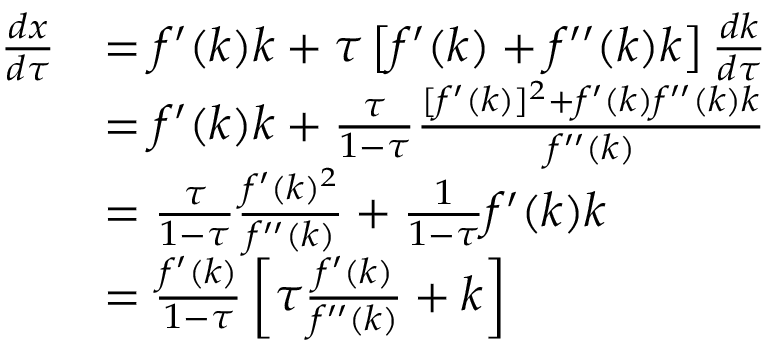
{ \begin{array} { r l } { { \frac { d x } { d \tau } } } & { = f ^ { \prime } ( k ) k + \tau \left[ f ^ { \prime } ( k ) + f ^ { \prime \prime } ( k ) k \right] { \frac { d k } { d \tau } } } \\ & { = f ^ { \prime } ( k ) k + { \frac { \tau } { 1 - \tau } } { \frac { [ f ^ { \prime } ( k ) ] ^ { 2 } + f ^ { \prime } ( k ) f ^ { \prime \prime } ( k ) k } { f ^ { \prime \prime } ( k ) } } } \\ & { = { \frac { \tau } { 1 - \tau } } { \frac { f ^ { \prime } ( k ) ^ { 2 } } { f ^ { \prime \prime } ( k ) } } + { \frac { 1 } { 1 - \tau } } f ^ { \prime } ( k ) k } \\ & { = { \frac { f ^ { \prime } ( k ) } { 1 - \tau } } \left[ \tau { \frac { f ^ { \prime } ( k ) } { f ^ { \prime \prime } ( k ) } } + k \right] } \end{array} }